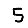
Digit: 5